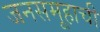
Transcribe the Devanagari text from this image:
जनसमूहाची